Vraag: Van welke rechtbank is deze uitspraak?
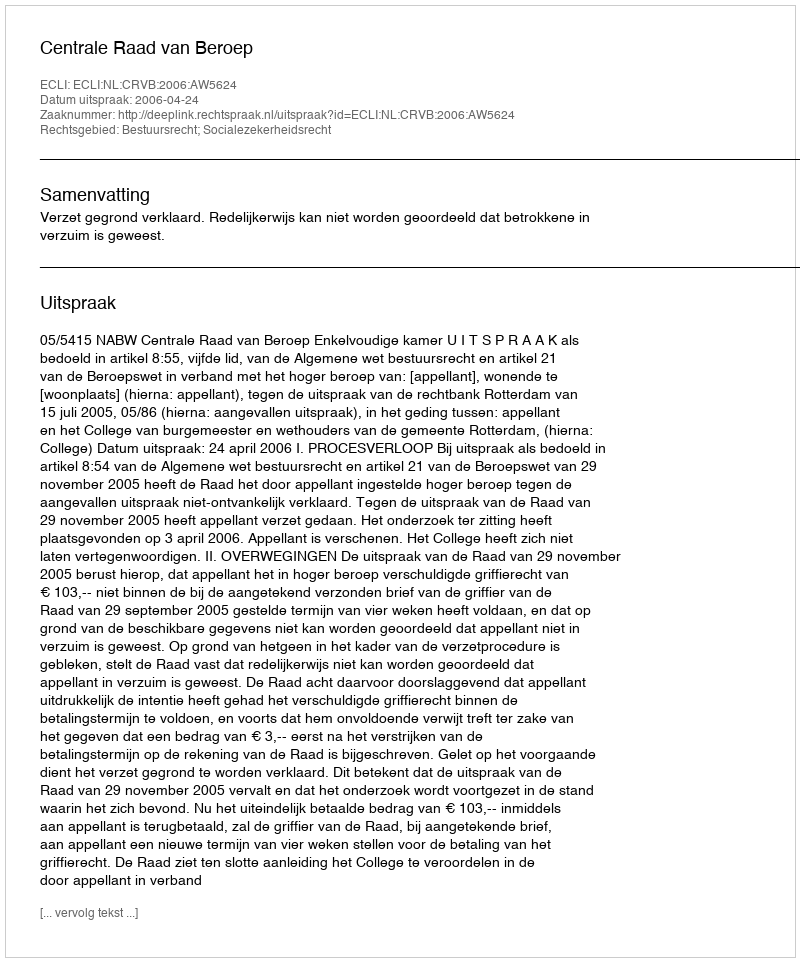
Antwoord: Centrale Raad van Beroep